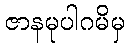
ဇာနမုပါဂမိမှ